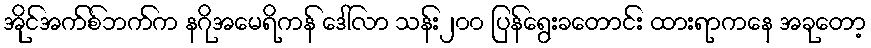
အိုင်အက်စ်ဘက်က နဂိုအမေရိကန် ဒေါ်လာ သန်း၂၀၀ ပြန်ရွေးခတောင်း ထားရာကနေ အခုတော့